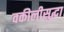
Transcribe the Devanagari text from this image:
वकीलीसुद्धा